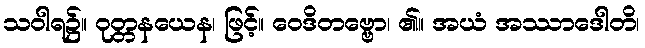
သဝါရ၌။ ဝုတ္တနယေန၊ ဖြင့်။ ဝေဒိတဗ္ဗော၊ ၏။ အယံ အဿာဒေါတိ၊